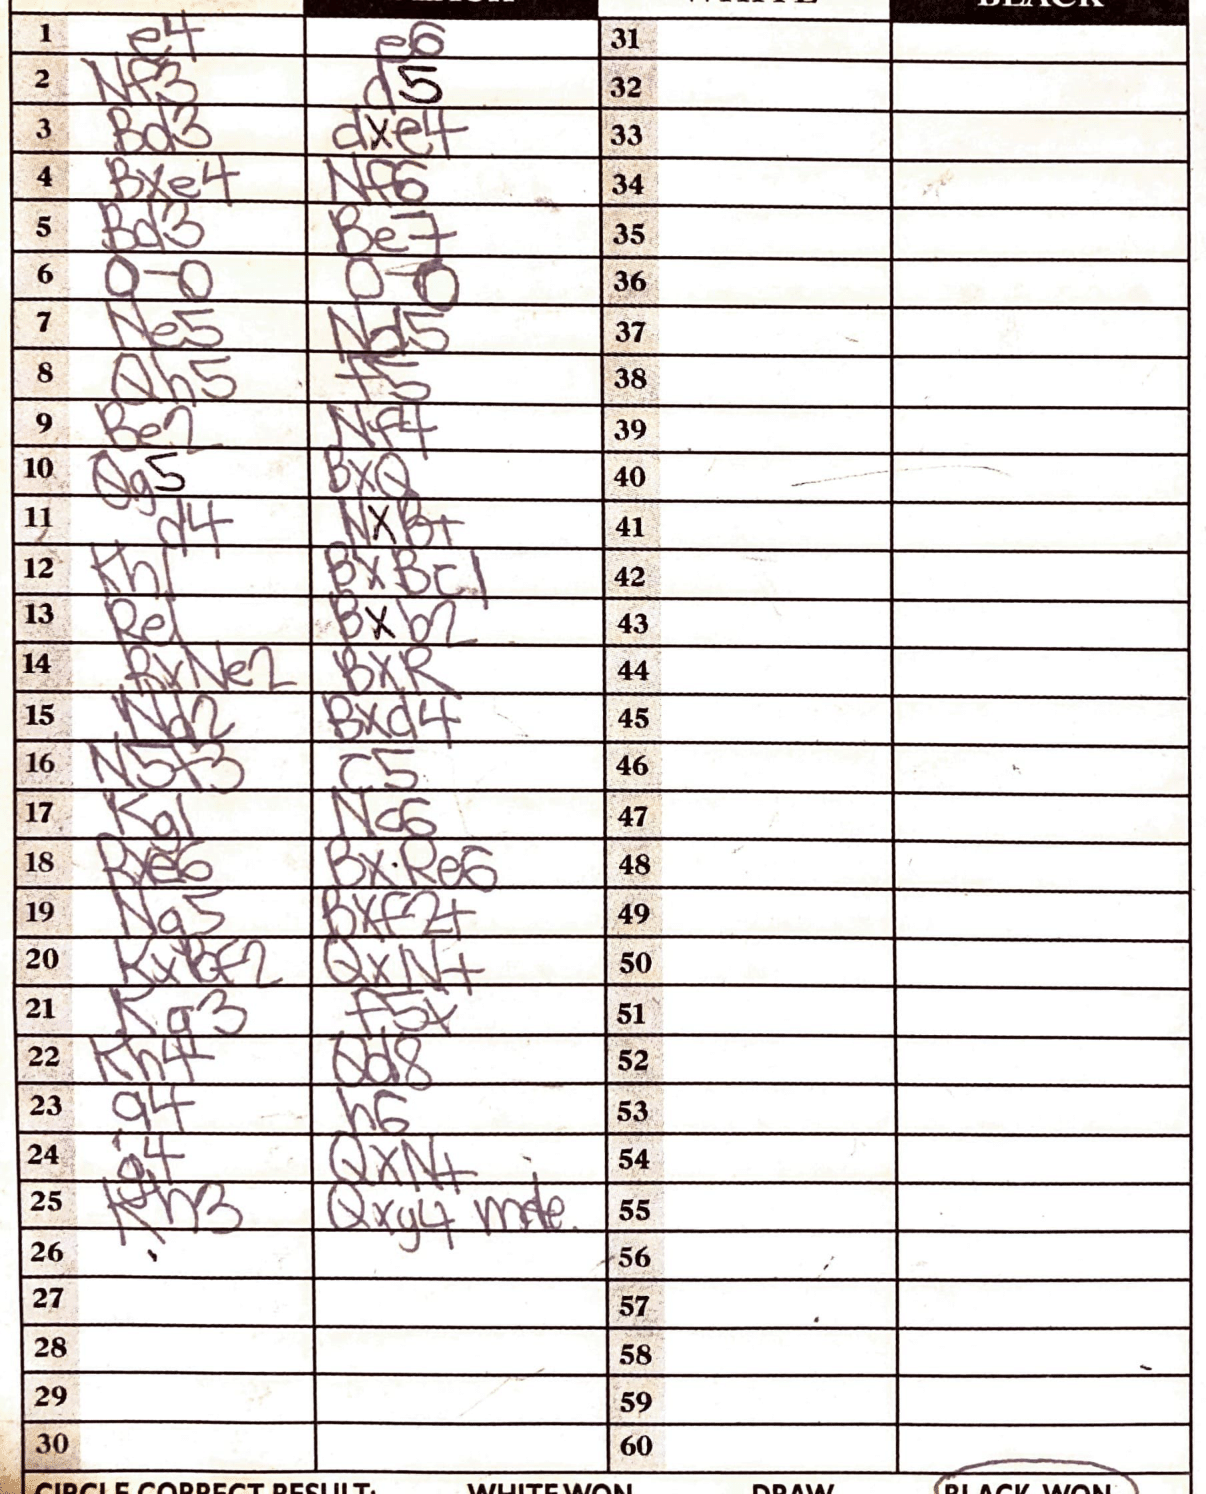
Moves: e4 e6 Nf3 d5 B3 dxe4 Bxe4 Nf6 B3 Be7 O-O O-O Ne5 Nd5 Qh5 f5 Be2 Nf4 Qg5 BxQ d4 NxB+ Kh1 BxBc1 Re1 Bxb2 RxNe2 BxR Nd2 Bxd4 N5f3 c5 Kg1 Nc6 Rxe6 BxRe6 Na5 Bxf2+ KxBf2 QxN+ Kg3 f5+ Kh4 Qd8 a4 h6 g4 QxN+ Kh3 Qxg4